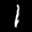
Digit: 1